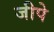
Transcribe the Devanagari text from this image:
जीपे